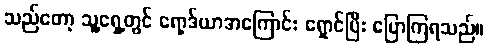
သည်တော့ သူ့ရှေ့တွင် ရော့ဒ်ယာအကြောင်း ရှောင်ပြီး ပြောကြရသည်။